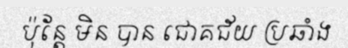
ប៉ុន្តែ មិន បាន ជោគជ័យ ប្រឆាំង